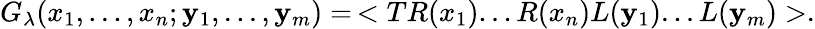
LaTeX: G_{\lambda}(x_{1},...,x_{n};\mathbf{y}_{1},...,\mathbf{y}_{m})=\, <TR(x_{1})...R(x_{n})L(\mathbf{y}_{1})...L(\mathbf{y}_{m})>.